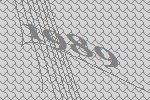
1989